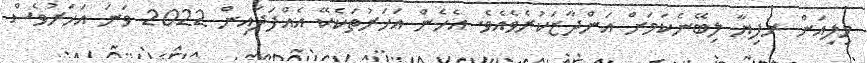
މިލިއަން ރުފިޔާ ލިބޭނެކަމަށް އަންދާޒަކުރެވެއެވެ. އެހެން އަހަރުތަކެކޭ އެއްފަދައިން 2022 ވަނަ އަހަރުވެސް